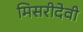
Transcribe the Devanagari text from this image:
मिसरीदेवी